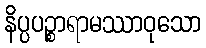
နိပ္ပပဉ္စာရာမဿာဝုသော